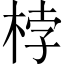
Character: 桲